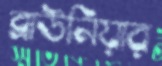
ব্রাউনিয়ার